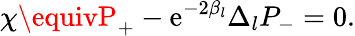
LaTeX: \chi\equivP_{+}-\mathrm{e}^{-2\beta_{l}}\Delta_{l}P_{-}=0.